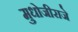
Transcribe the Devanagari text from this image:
मुधोजीराजे